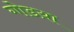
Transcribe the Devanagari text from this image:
गोडय़ा